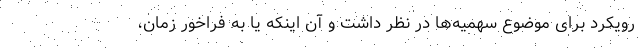
رویکرد برای موضوع سهمیه‌ها در نظر داشت و آن اینکه یا به فراخور زمان،